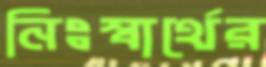
নিঃস্বার্থের